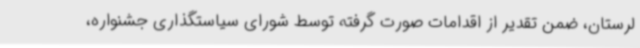
لرستان، ضمن تقدیر از اقدامات صورت گرفته توسط شورای سیاستگذاری جشنواره،